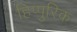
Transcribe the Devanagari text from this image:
हिप्पुरिक